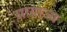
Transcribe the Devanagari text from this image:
साग्राज्‍य